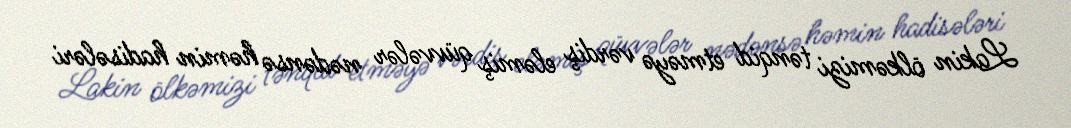
Lakin ölkəmizi tənqid etməyə vərdiş eləmiş qüvvələr nədənsə həmin hadisələri